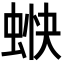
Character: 𧋿